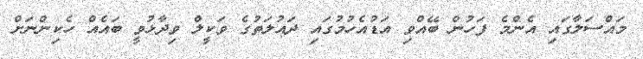
މައްސަލާގައި އެންމެ ފަހުން ބޭއްވި އަޑުއެހުމުގައި ދައުލަތުގެ ވަކީލް ވިދާޅުވީ ބައެއް ހެކިންނަށް